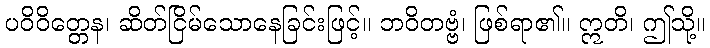
ပဝိဝိတ္တေန၊ ဆိတ်ငြိမ်သောနေခြင်းဖြင့်။ ဘဝိတဗ္ဗံ၊ ဖြစ်ရာ၏။ ဣတိ၊ ဤသို့။